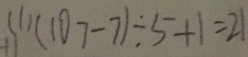
( 1 ) ( 1 0 7 - 7 ) \div 5 + 1 = 2 1